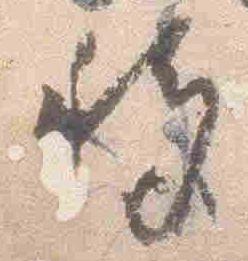
移